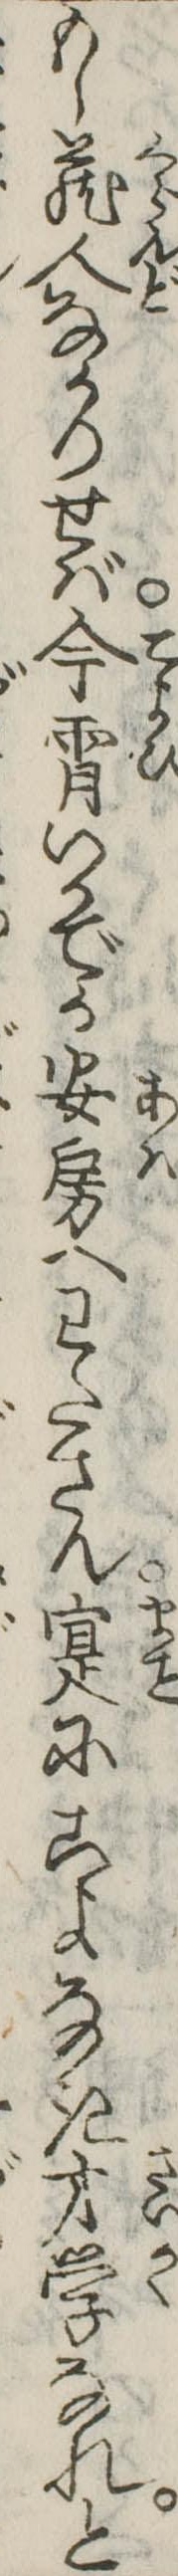
もし蔵人なかりせば今宵いかでか安房へわたさん寔にこよなき才学なれと